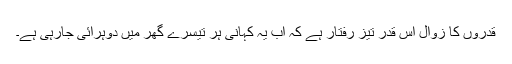
قدروں کا زوال اس قدر تیز رفتار ہے کہ اب یہ کہانی ہر تیسرے گھر میں دوہرائی جارہی ہے۔